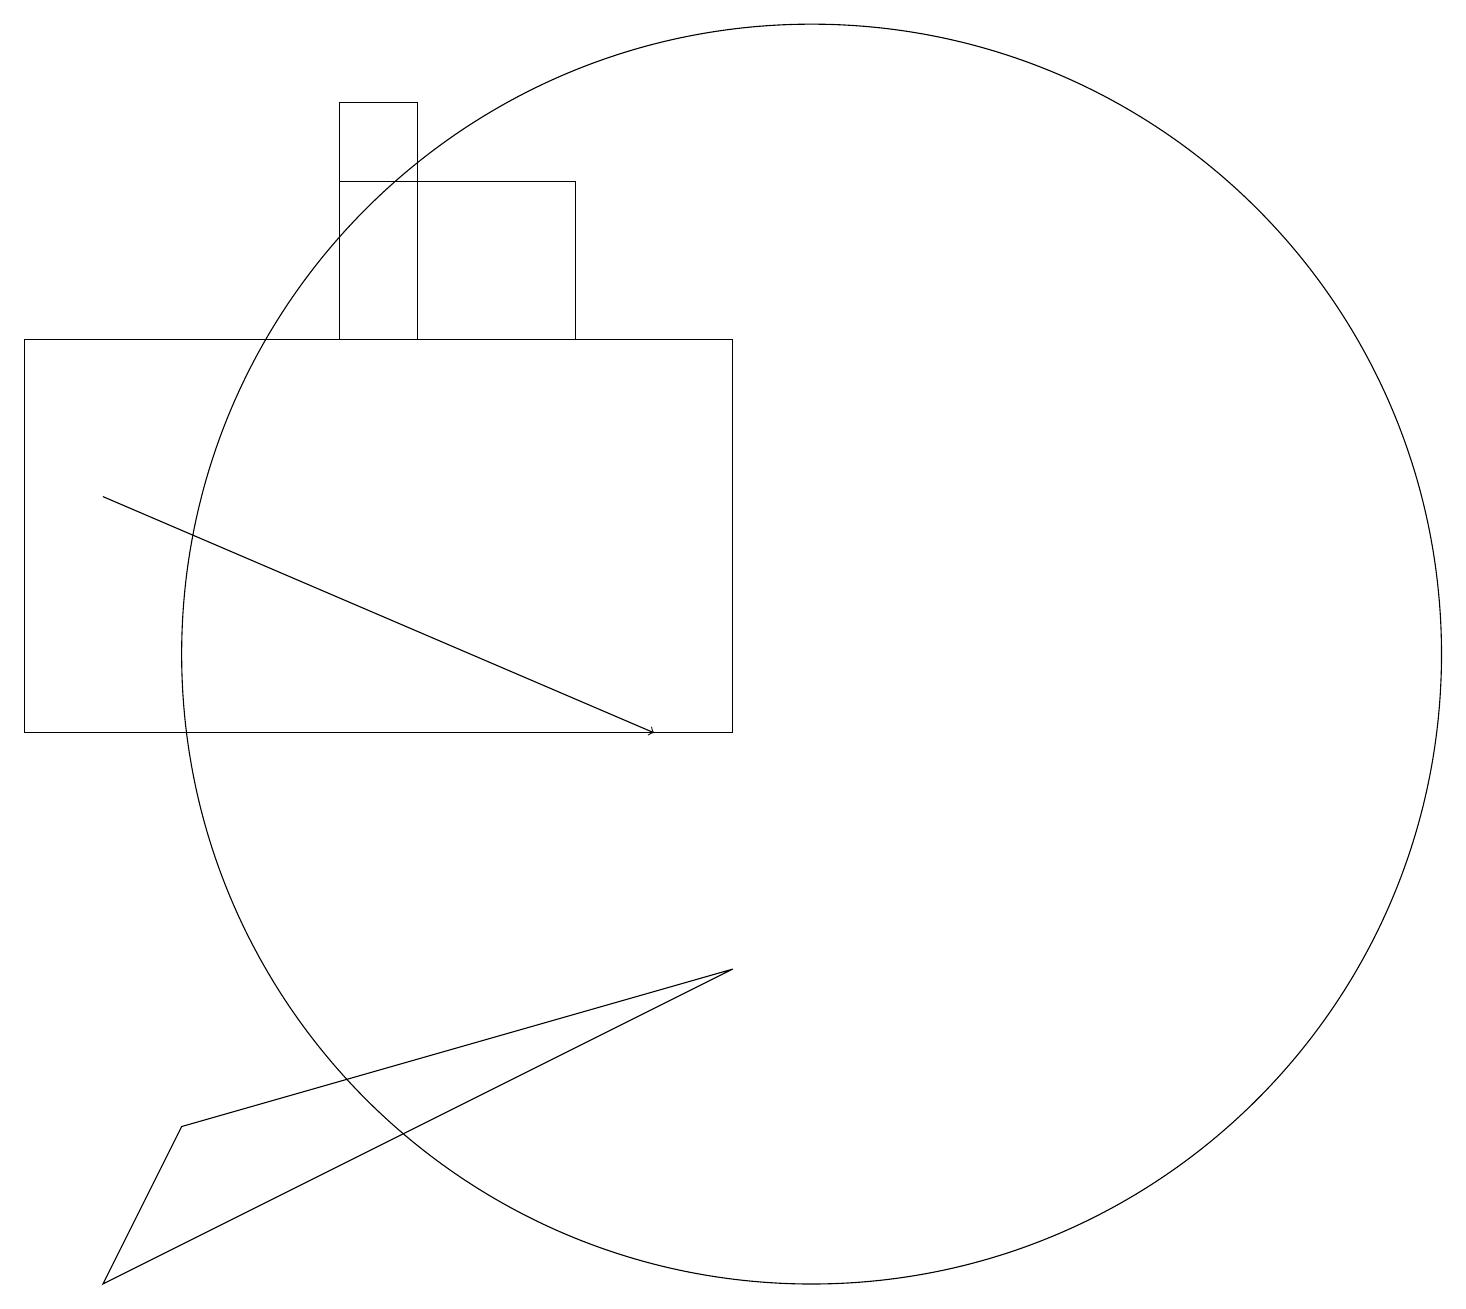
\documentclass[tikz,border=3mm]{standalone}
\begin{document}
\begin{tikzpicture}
\draw (0,11) rectangle (9,16);
\draw[->] (1,14) -- (8,11);
\draw (7,18) rectangle (4,16);
\draw (10,12) circle (8);
\draw (1,4) -- (2,6) -- (9,8) -- cycle;
\draw (5,19) rectangle (4,16);
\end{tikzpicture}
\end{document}